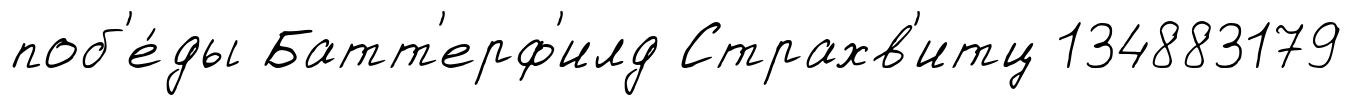
поб'е́ды Батт'ерф'илд Страхв'итц 134883179